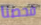
فحصنا